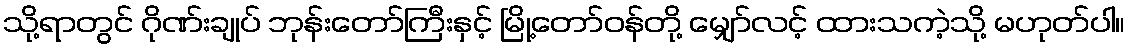
သို့ရာတွင် ဂိုဏ်းချုပ် ဘုန်းတော်ကြီးနှင့် မြို့တော်ဝန်တို့ မျှော်လင့် ထားသကဲ့သို့ မဟုတ်ပါ။